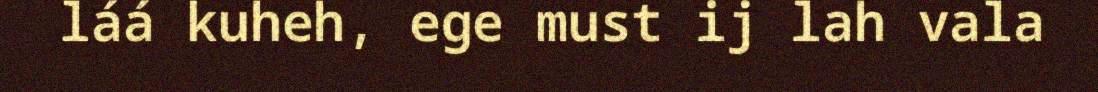
láá kuheh, ege must ij lah vala